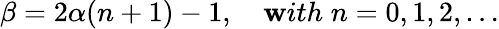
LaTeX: \beta=2\alpha(n+1)-1,\quad\mathbf{w}ith\; n=0,1,2,...